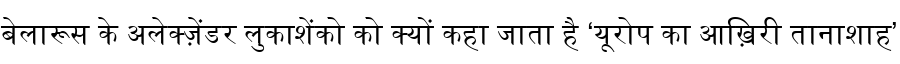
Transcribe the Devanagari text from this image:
बेलारूस के अलेक्ज़ेंडर लुकाशेंको को क्यों कहा जाता है ‘यूरोप का आख़िरी तानाशाह’